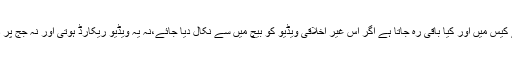
جج ارشد ملک کے کیس میں اور کیا باقی رہ جاتا ہے اگر اس غیر اخلاقی ویڈیو کو بیچ میں سے نکال دیا جائے،نہ یہ ویڈیو ریکارڈ ہوتی اور نہ جج پر دباؤ کا تذکرہ نکلتا۔